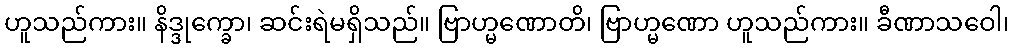
ဟူသည်ကား။ နိဒ္ဒုက္ခော၊ ဆင်းရဲမရှိသည်။ ဗြာဟ္မဏောတိ၊ ဗြာဟ္မဏော ဟူသည်ကား။ ခီဏာသဝေါ၊